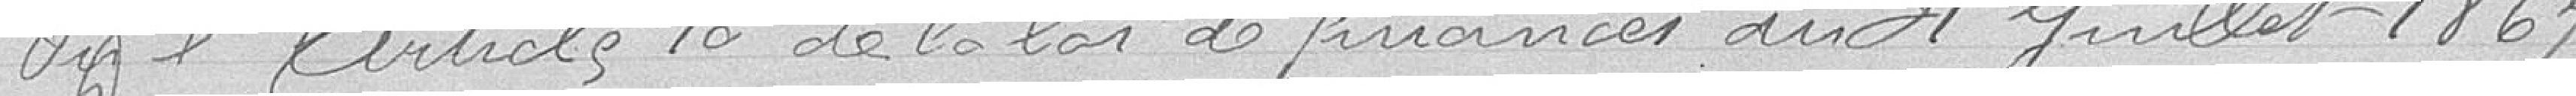
Vu l'article 10 de la loi de finances du 31 juillet 187